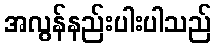
အလွန်နည်းပါးပါသည်